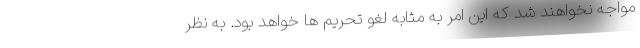
مواجه نخواهند شد که این امر به مثابه لغو تحریم ها خواهد بود. به نظر